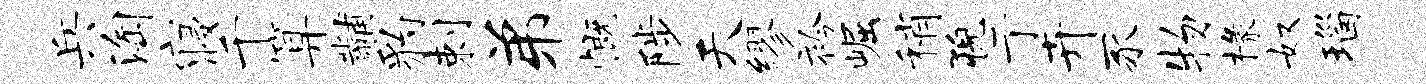
兵淘寝千算黼豹剌弟慨陟天缪衿崛稍猊亍卉豕物椽奴瑙